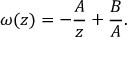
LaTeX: \omega ( z ) = - \frac { A } { z } + \frac { B } { A } .